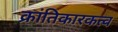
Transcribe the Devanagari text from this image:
क्रांतिकारकत्व